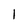
Character: 1